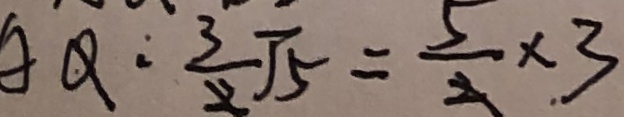
A Q \cdot \frac { 3 } { 2 } \sqrt { 5 } = \frac { 5 } { 2 } \times 3